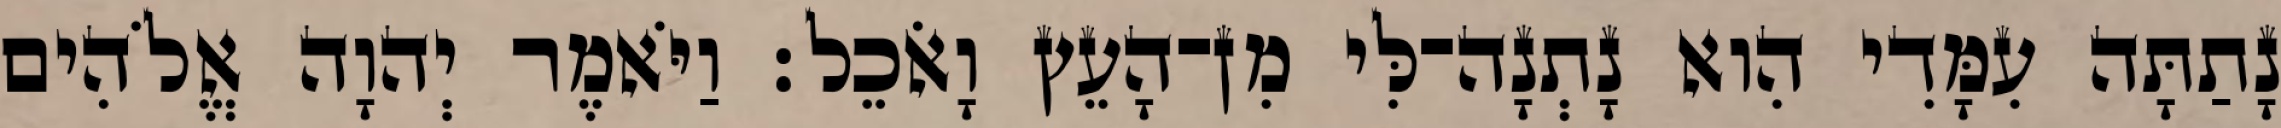
נָתַתָּה עִמָּדִי הִוא נָתְנָה־לִּי מִן־הָעֵץ וָאֹכֵל׃ וַיֹּאמֶר יְהוָה אֱלֹהִים